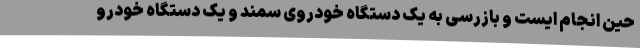
حین انجام ایست و بازرسی به یک دستگاه خودروی سمند و یک دستگاه خودرو